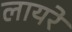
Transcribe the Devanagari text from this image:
लायरे